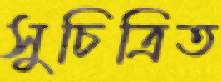
সুচিত্রিত